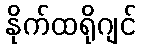
နိုက်ထရိုဂျင်